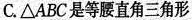
C.△ABC是等腰直角三角形